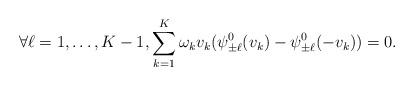
LaTeX: \begin{align*}\forall \ell=1,\ldots, K-1, \sum_{k=1}^K \omega_k v_k (\psi^0_{\pm \ell}(v_k)-\psi^0_{\pm \ell}(-v_k)) = 0.\end{align*}